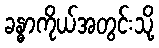
ခန္ဓာကိုယ်အတွင်းသို့